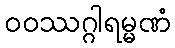
ဝဝဿဂ္ဂါရမ္မဏံ